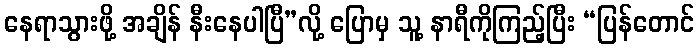
နေရာသွားဖို့ အချိန် နီးနေပါပြီ”လို့ ပြောမှ သူ့ နာရီကိုကြည့်ပြီး “ပြန်တောင်